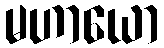
မဟာယော